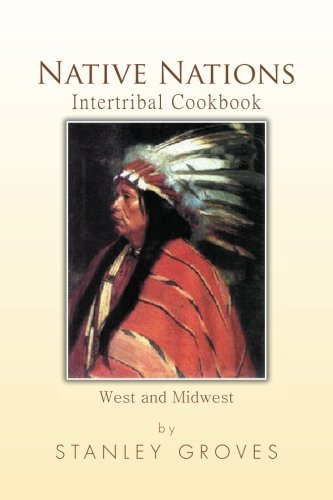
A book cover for Native Nations Intertribal Cookbook: West and Midwest; Stanley Groves; Cookbooks, Food & Wine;